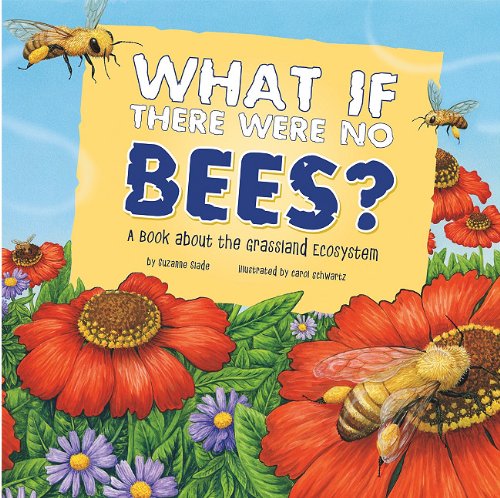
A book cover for What If There Were No Bees?: A Book About the Grassland Ecosystem (Food Chain Reactions); Suzanne Slade; Children's Books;